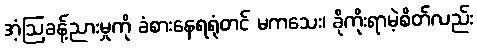
အံ့ဩခန့်ညားမှုကို ခံစားနေရရုံတင် မကသေး၊ ခိုကိုးရာမဲ့စိတ်လည်း